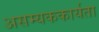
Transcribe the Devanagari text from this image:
असम्यककार्यता